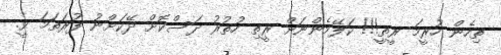
ތިހެން ހުރީމަ ރީތީ!!! ކަލޭމެންނަށް ރީތި ހުތުރު ދަސްކޮށް ދޭކަށްނު ފުރަތަމަ ވީ.